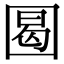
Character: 𡇼